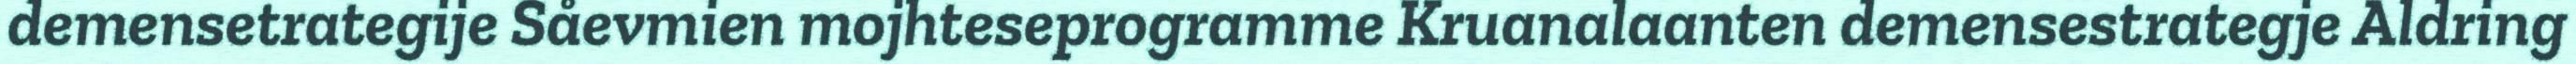
demensetrategije Såevmien mojhteseprogramme Kruanalaanten demensestrategje Aldring